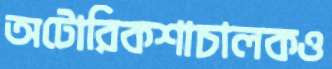
অটোরিকশাচালকও